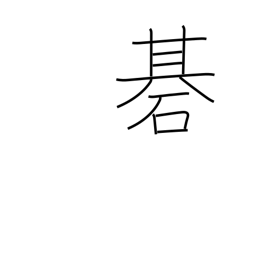
Meaning: Go